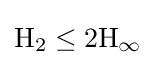
\mathrm {H} _{2}\leq 2\mathrm {H} _{\infty }